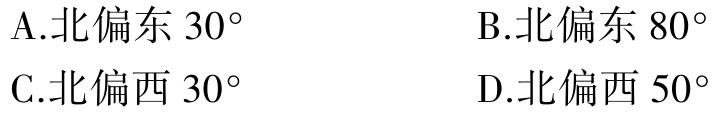
A.北偏东 \(30^{\circ}\)

B.北偏东 \(80^{\circ}\)

C.北偏西 \(30^{\circ}\)

D.北偏西 \(50^{\circ}\)